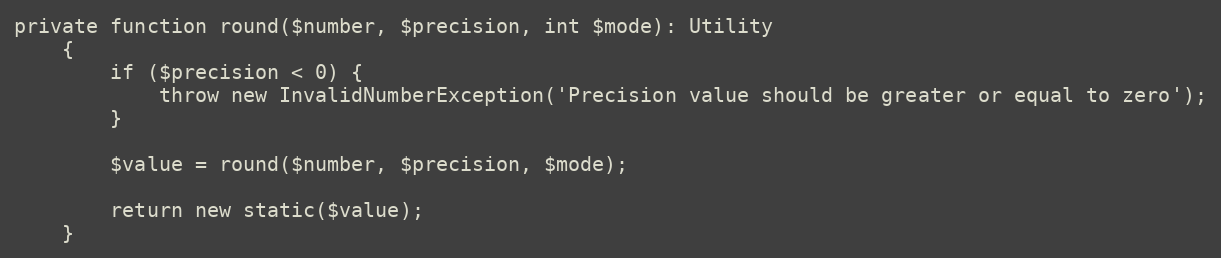
Language: PHP
private function round($number, $precision, int $mode): Utility
    {
        if ($precision < 0) {
            throw new InvalidNumberException('Precision value should be greater or equal to zero');
        }

        $value = round($number, $precision, $mode);

        return new static($value);
    }